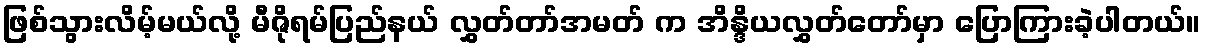
ဖြစ်သွားလိမ့်မယ်လို့ မီဇိုရမ်ပြည်နယ် လွှတ်တာ်အမတ် က အိန္ဒိယလွှတ်တော်မှာ ပြောကြားခဲ့ပါတယ်။